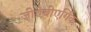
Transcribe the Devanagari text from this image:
जीऐबीएर्गिक